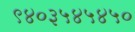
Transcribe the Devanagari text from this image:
९४०३५४५४५०